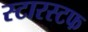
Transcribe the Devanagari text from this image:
स्टारस्टफ